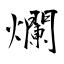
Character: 爛